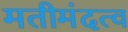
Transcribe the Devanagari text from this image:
मतीमंदत्व